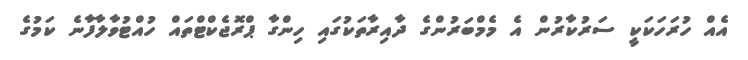
އެއް ހުރަހަކަކީ ސަރުކާރުން އެ މެމްބަރުންގެ ދާއިރާތަކުގައި ހިންގާ ޕްރޮޖެކްޓްތައް ހުއްޓުވާލާފާނެ ކަމުގެ